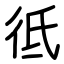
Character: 彽